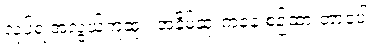
လုပ်ရ အလွယ်ကူဆုံး၊ အနိမ့်ဆုံးကနေ စဉ်ထားတာပေါ့။